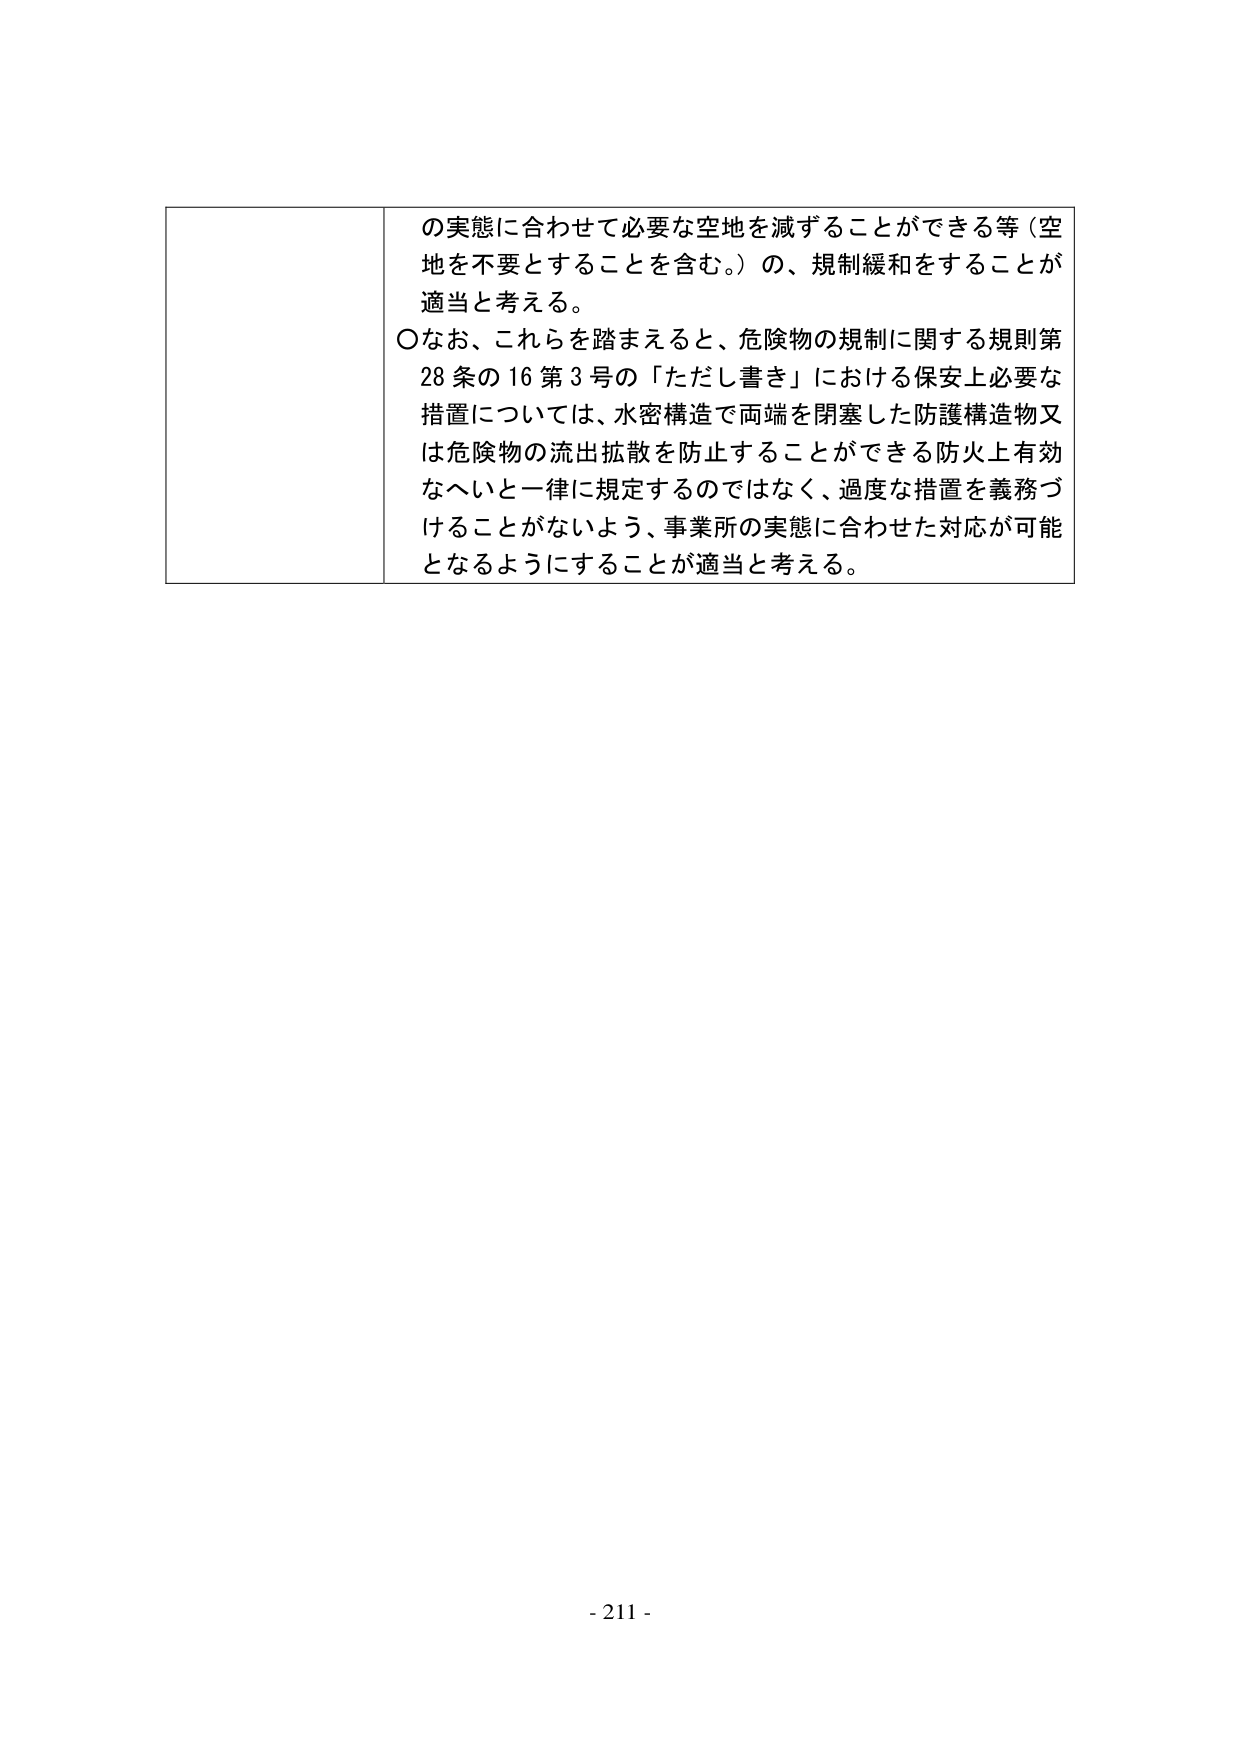
の実態に合わせて必要な空地を減ずることができる等（空地を不要とすることを含む。）の、規制緩和をすることが適当と考える。

○なお、これらを踏まえると、危険物の規制に関する規則第28条の16第3号の「ただし書き」における保安上必要な措置については、水密構造で両端を閉塞した防護構造物又は危険物の流出拡散を防止することができる防火上有効なへいと一律に規定するのではなく、過度な措置を義務づけることがないよう、事業所の実態に合わせた対応が可能となるようにすることが適当と考える。

- 211 -